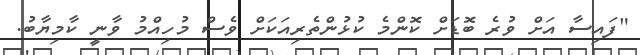
"ފައިސާ އަށް ވުރެ ބޮޑަށް ކޮންމެ ކުޅުންތެރިއަކަށް ވެސް މުހިއްމު ވާނީ ކާމިޔާބު.